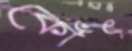
কোঁৎ